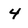
Character: 4